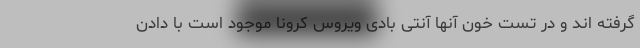
گرفته اند و در تست خون آنها آنتی بادی ویروس کرونا موجود است با دادن